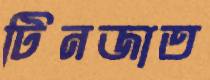
টিনজাত